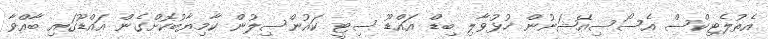
އެތުލެޓިކްސް އެސޯސިއޭޝަނުން ހުޅުވާލި ބިޑް އައްޑޫ ސިޓީ ކައުންސިލުން ކާމިޔާބުކޮށްގެން އައްޑޫގައި ބާއްވާ